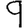
Digit: 9